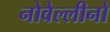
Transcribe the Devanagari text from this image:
नोवेल्लीनो